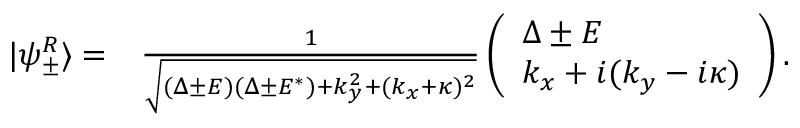
\begin{array} { r l } { | \psi _ { \pm } ^ { R } \rangle = } & { { } \frac { 1 } { \sqrt { ( \Delta \pm E ) ( \Delta \pm E ^ { * } ) + k _ { y } ^ { 2 } + ( k _ { x } + \kappa ) ^ { 2 } } } \left( \begin{array} { l } { \Delta \pm E } \\ { k _ { x } + i ( k _ { y } - i \kappa ) } \end{array} \right) . } \end{array}